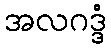
အလဂဒ္ဒံ